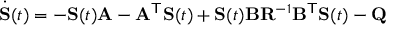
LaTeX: { \dot { \mathbf { S } } } ( t ) = - \mathbf { S } ( t ) \mathbf { A } - \mathbf { A } ^ { \mathsf { T } } \mathbf { S } ( t ) + \mathbf { S } ( t ) \mathbf { B } \mathbf { R } ^ { - 1 } \mathbf { B } ^ { \mathsf { T } } \mathbf { S } ( t ) - \mathbf { Q }